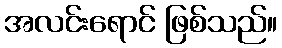
အလင်းရောင် ဖြစ်သည်။